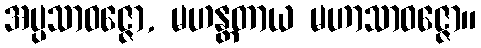
အပ္ပသာဝဇ္ဇော, မဟန္တတာယ မဟာသာဝဇ္ဇော။